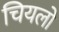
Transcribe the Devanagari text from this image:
चियलो